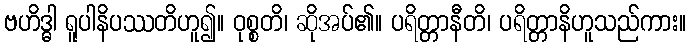
ဗဟိဒ္ဓါ ရူပါနိပဿတိဟူ၍။ ဝုစ္စတိ၊ ဆိုအပ်၏။ ပရိတ္တာနီတိ၊ ပရိတ္တာနိဟူသည်ကား။